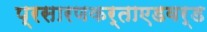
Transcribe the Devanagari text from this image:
प्रसारणकर्ताएडवर्ड